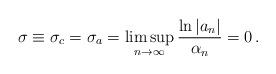
LaTeX: \begin{align*}\sigma \equiv \sigma _c = \sigma _a = \limsup _{n \to \infty} \frac{\ln \left| a_n \right|}{\alpha _n} = 0 \, . \end{align*}